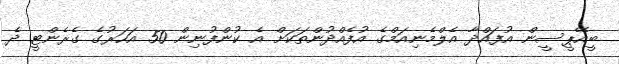
ބީއޭޕީސީން އުފައްދާ އެލްމެނިއަމްގެ އުފެއްދުންތަކަށް އެ ކުންފުނިން 50 އަހަރުގެ ގެރެންޓީ ދެ